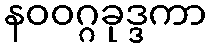
နဝဝဂ္ဂခုဒ္ဒကာ